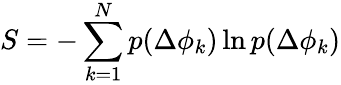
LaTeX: S=-\sum_{k=1}^{N}p(\Delta\phi_{k})\ln p(\Delta\phi_{k})